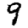
Digit: 9